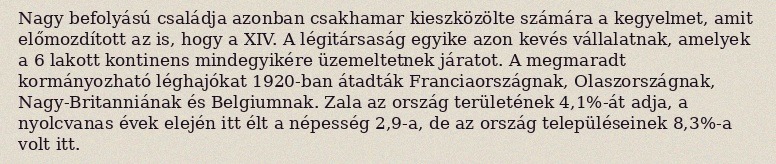
Nagy befolyású családja azonban csakhamar kieszközölte számára a kegyelmet, amit előmozdított az is, hogy a XIV. A légitársaság egyike azon kevés vállalatnak, amelyek a 6 lakott kontinens mindegyikére üzemeltetnek járatot. A megmaradt kormányozható léghajókat 1920-ban átadták Franciaországnak, Olaszországnak, Nagy-Britanniának és Belgiumnak. Zala az ország területének 4,1%-át adja, a nyolcvanas évek elején itt élt a népesség 2,9-a, de az ország településeinek 8,3%-a volt itt.